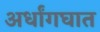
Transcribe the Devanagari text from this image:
अर्धांगघात